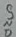
Text: GND